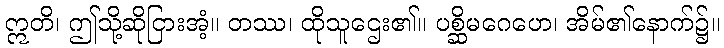
ဣတိ၊ ဤသို့ဆိုငြားအံ့။ တဿ၊ ထိုသူဌေး၏။ ပစ္ဆိမဂေဟေ၊ အိမ်၏နောက်၌။